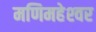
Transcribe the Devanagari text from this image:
मणिमहेश्‍वर